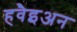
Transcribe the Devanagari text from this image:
हवैइअन